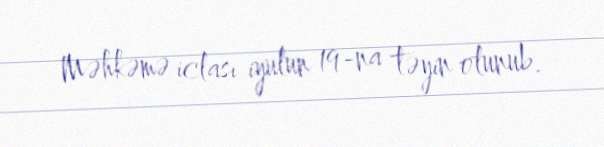
Məhkəmə iclası iyulun 19-na təyin olunub.